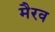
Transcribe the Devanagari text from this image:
मैरव